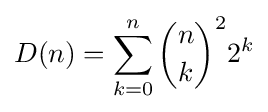
D(n)=\sum _{k=0}^{n}{\binom {n}{k}}^{2}2^{k}